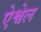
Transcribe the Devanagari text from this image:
ऐश्वेल